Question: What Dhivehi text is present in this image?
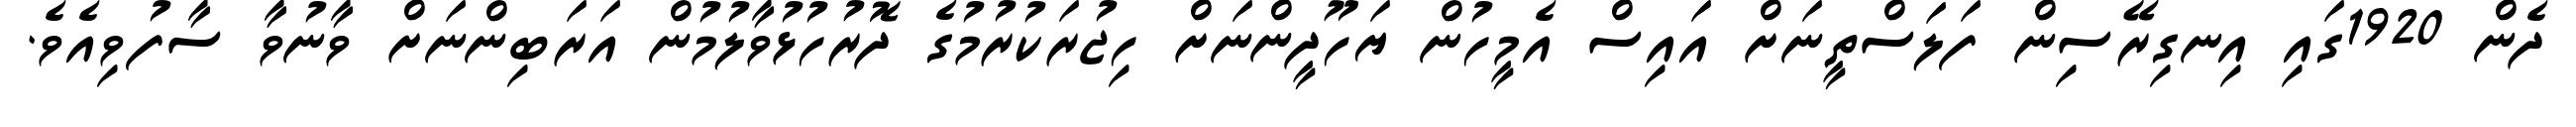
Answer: ދެން 1920ގައި އިނގިރޭސިން ފަލަސްތީނަށް އައިސް އެމީހުން ޔަހޫދީންނަށް ހިޖުރަކުރުމުގެ ދޮރުހުޅުވާލުމުން އަރަބިންނަށް ވާނުވާ ސާފުވިއެވެ.